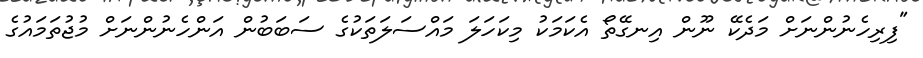
"ފިރިހެނުންނަށް މަދެކޭ ނޫން އިނގޭތޯ އެކަމަކު މިކަހަލަ މައްސަލަތަކުގެ ސަބަބުން އަންހެނުންނަށް މުޖުތަމައުގެ